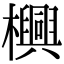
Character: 𬅊